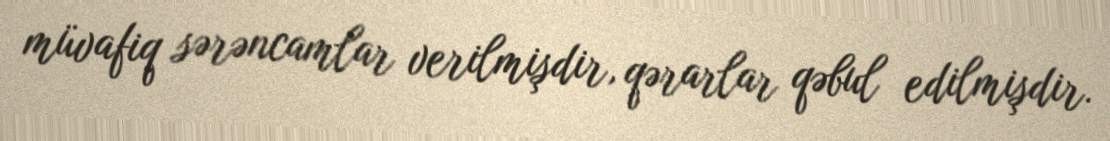
müvafiq sərəncamlar verilmişdir, qərarlar qəbul edilmişdir.